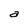
Character: a